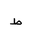
Letter: _da